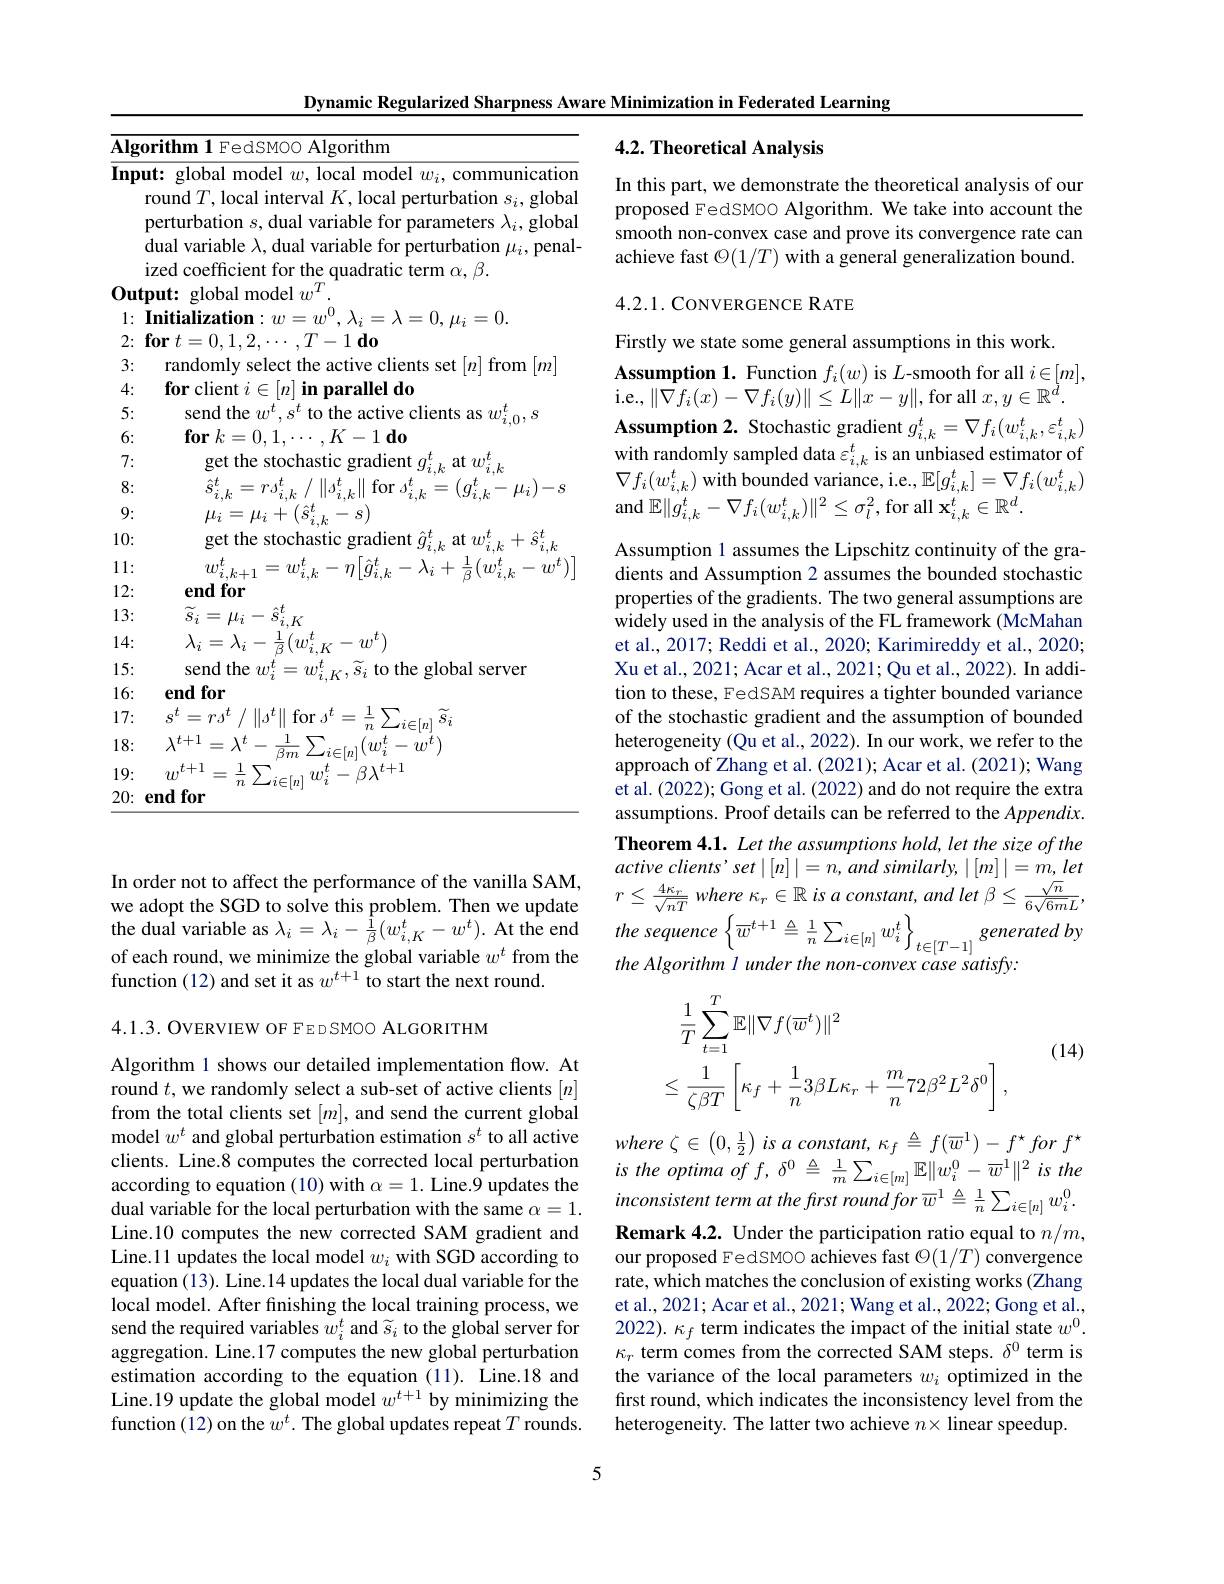
Dynamic Regularized Sharpness Aware Minimization in Federated Learning
<table>
	<tbody>
		<tr>
			<td>$\overline{\mathbf{Algo}}$</td>
			<td>$\overline{\mathrm{lgorithm}}$</td>
		</tr>
		<tr>
			<td>Inpu 1</td>
			<td>$\textbf{t: global model }w$, local model $w_i$, communicatior</td>
		</tr>
		<tr>
			<td> </td>
			<td>round $T$, local interval $K$, local perturbation $s_i$, globa perturbation $s$, dual variable for parameters $\lambda_i$, globa dual variable $\lambda$, dual variable for perturbation $\mu_i$, penal $\int_{-\infty}^{1}$</td>
		</tr>
		<tr>
			<td> </td>
			<td> </td>
		</tr>
		<tr>
			<td>ULL 1</td>
			<td> </td>
		</tr>
		<tr>
			<td>1</td>
			<td> </td>
		</tr>
		<tr>
			<td>4 3</td>
			<td> </td>
		</tr>
		<tr>
			<td>4</td>
			<td> </td>
		</tr>
		<tr>
			<td>1. 5</td>
			<td> </td>
		</tr>
		<tr>
			<td>6:</td>
			<td>-1do for $k$</td>
		</tr>
		<tr>
			<td>1 11 P</td>
			<td>0</td>
		</tr>
		<tr>
			<td>9:</td>
			<td> </td>
		</tr>
		<tr>
			<td>10:</td>
			<td>chas 21</td>
		</tr>
		<tr>
			<td>1: 1 1 </td>
			<td>71</td>
		</tr>
		<tr>
			<td>12:</td>
			<td>for $\mathbf{emd}$</td>
		</tr>
		<tr>
			<td>13:</td>
			<td>$\bar{\boldsymbol{S}}_{i}$ 17 = $\mu_{i}$ $K$</td>
		</tr>
		<tr>
			<td>14:</td>
			<td>$\lambda_{i}=\lambda_{i}-\frac{1}{\beta}(w_{i.K}^{t}$ $\nu-w^{\nu}$</td>
		</tr>
		<tr>
			<td>15: 1</td>
			<td>send the global server</td>
		</tr>
		<tr>
			<td>16: $\frac{1}{2}=\frac{1}{2}$</td>
			<td>endfor</td>
		</tr>
		<tr>
			<td>17:</td>
			<td>$=r_{A}^{t}$ $\mathrm{for}_{A}^{\mathcal{E}}$ 1 $a\boldsymbol{u}$ $\|A^{\boldsymbol{\iota}}$</td>
		</tr>
		<tr>
			<td>18:</td>
			<td>$\lambda^{t+1}=\lambda^{t}-\frac{1}{\beta m}\sum_{i\in[n]}(w_{i}^{t}-w^{t})$</td>
		</tr>
		<tr>
			<td>19: 1</td>
			<td>$u,t+1$ $1t+1$ $\beta.$</td>
		</tr>
		<tr>
			<td>20:</td>
			<td>$\mathbf{for}$ AT</td>
		</tr>
	</tbody>
</table>

In order not to affect the performance of the vanilla SAM, we adopt the SGD to solve this problem. Then we update the dual variable as $\lambda_i=\lambda_i-\frac{1}{\beta}(w_{i,K}^t-w^t).$ At the end of each round, we minimize the global variable $w^t$ from the function (12) and set it as $w^t+1$ to start the next round.

4.1.3. OVERVIEW OF FED SMOO ALGORITHM

Algorithm 1 shows our detailed implementation flow. At round $t$,we randomly select a sub-set of active clients $[n]$ from the total clients set $[m]$, and send the current global model $w^t$ and global perturbation estimation $s^t$ to all active $\begin{array}{cc}\mathrm{model~w^{t}~and~global~perturbation~estimation~s^{t}~to~all~active~}&where~\zeta\in\left(0,\frac12\right)is~a~constant,~\kappa_{f}\triangleq f(\overline{w}^{1})-f^{\star}for~f^{\star}\\\text{clients. Line.8 computes the corrected local perturbation}&is~the~optima~of~f,\delta^{0}\triangleq\frac1m\sum_{i\in[m]}\mathbb{E}\|w_{i}^{0}-\overline$
Line.10 computes the new corrected SAM gradient and Line.11 updates the local model $w_i$ with SGD according to equation (13). Line.14 updates the local dual variable for the local model. After finishing the local training process, we send the required variables $w_i^t$ and $\widetilde{s}_i$ to the global server for aggregation. Line.17 computes the new global perturbation estimation according to the equation (11). Line.18 and Line.19 update the global model $w^{t+1}$ by minimizing the function (12) on the $w^t.$ The global updates repeat $T$ rounds.

5

## 4.2. Theoretical Analysis

In this part, we demonstrate the theoretical analysis of our proposed FedSMOO Algorithm. We take into account the smooth non-convex case and prove its convergence rate can achieve fast $\mathcal{O}(1/T)$ with a general generalization bound.

4.2.1. CONVERGENCE RATE

Firstly we state some general assumptions in this work.
Assumption 1. Function $f_i(w)$ is $L$-smooth for all $i\in[m]$, i.e.,$\|\nabla f_i(x)-\nabla f_i(y)\|\leq L\|x-y\|$,for all $x,y\in\mathbb{R}^{\dot{d}}.$ $\textbf{Assumption 2. Stochastic gradient }g_{i, k}^{t}= \nabla f_{i}( w_{i, k}^{t}, \varepsilon _{i, k}^{t})$ with randomly sampled data $\varepsilon_i,k^t$ is an unbiased estimator of $\nabla f_{i}(w_{i,k}^{t})$ with bounded variance, i.e., $\mathbb{E}[g_{i,k}^{t}]=\nabla f_{i}(w_{i,k}^{t})$ and $\mathbb{E}\|g_{i,k}^{t}-\nabla f_{i}(w_{i,k}^{t})\|^{2}\leq\sigma_{l}^{2}$, for all $\mathbf{x}_i,k^{t}\in\mathbb{R}^{d}.$

Assumption 1 assumes the Lipschitz continuity of the gradients and Assumption 2 assumes the bounded stochastic properties of the gradients. The two general assumptions are widely used in the analysis of the FL framework (McMahan et al., 2017; Reddi et al., 2020; Karimireddy et al., 2020; Xu et al., 2021; Acar et al., 2021; Qu et al., 2022). In addition to these, FedSAM requires a tighter bounded variance of the stochastic gradient and the assumption of bounded heterogeneity (Qu et al., 2022). In our work, we refer to the approach of Zhang et al. (2021); Acar et al. (2021); Wang et al. (2022); Gong et al. (2022) and do not require the extra assumptions. Proof details can be referred to the $Appendix.$ Theorem 4.1. Let the assumptions hold, let the size of the active $clients’ set\mid [ n] \mid = n, and$ $similarly, \mid [ m] \mid = m, let$ $r\leq \frac {4\kappa _{r}}{\sqrt {nT}}$ where $\kappa _{r}\in \mathbb{R}$ $is$ $a$ $constant$, and let $\beta \leq \frac {\sqrt {n}}{6\sqrt {6m}L}$, the $sequence\left \{ \overline {w}^{t+ 1}\overset {\Delta }{\operatorname* { = } }\frac 1n\sum _{i\in [ n] }w_{i}^{t}\right \} _{t\in [ T- 1] }generated$ $by$ the Algorithm I under the non-convex case satisfy:

(14)
$$\begin{aligned}&\frac{1}{T}\sum_{t=1}^{T}\mathbb{E}\|\nabla f(\overline{w}^{t})\|^{2}\\&\leq\frac{1}{\zeta\beta T}\left[\kappa_{f}+\frac{1}{n}3\beta L\kappa_{r}+\frac{m}{n}72\beta^{2}L^{2}\delta^{0}\right],\end{aligned}$$
Remark 4.2. Under the participation ratio equal to $n/m$, our proposed FedSMOO achieves fast $\mathcal{O}(1/T)$ convergence rate, which matches the conclusion of existing works (Zhang et al., 2021; Acar et al., 2021; Wang et al., 2022; Gong et al., 2022). $\kappa_{f}$ term indicates the impact of the initial state $w^{0}.$ $\kappa_{r}$ term comes from the corrected SAM steps. $\delta^0$ term is the variance of the local parameters $w_i$ optimized in the first round, which indicates the inconsistency level from the heterogeneity. The latter two achieve $n\times$ linear speedup.